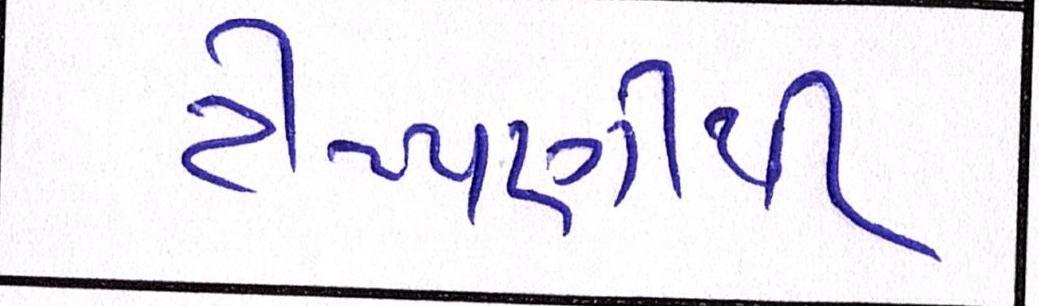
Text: ટીપ્પણીથી